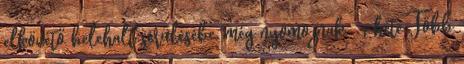
elkövető belehalt sérülésébe. még nyomoznak 1 hete Több